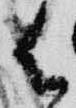
御